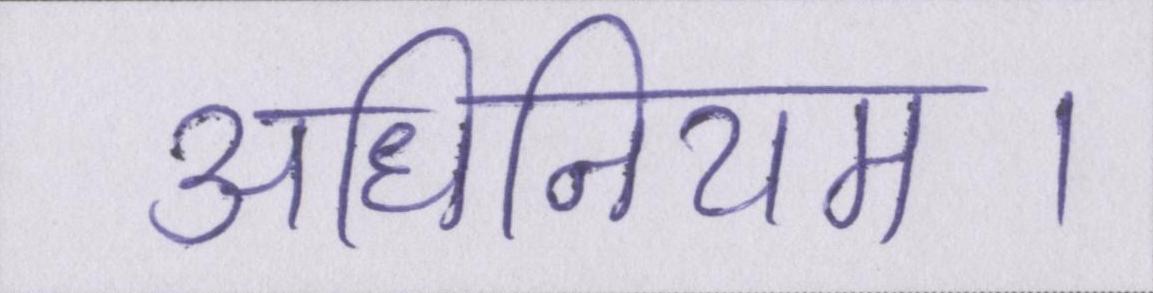
अधिनियम।